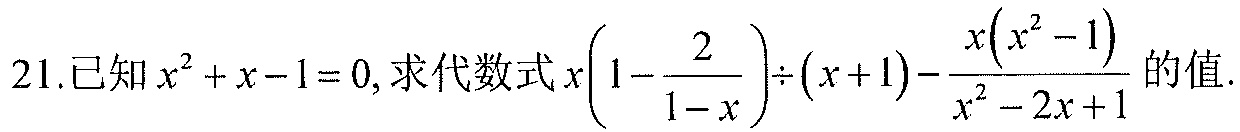
21.已知\(x^{2}+x - 1 = 0\), 求代数式\(x\left(1 - \dfrac{2}{1 - x}\right)\div(x + 1)-\dfrac{x(x^{2}-1)}{x^{2}-2x + 1}\)的值.